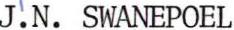
J.N. SWANEPOEL